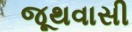
જૂથવાસી